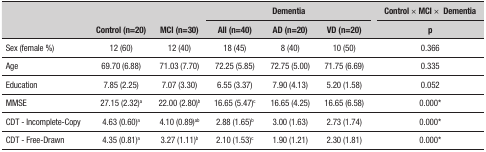
<table><thead><tr><td rowspan="2"></td><td rowspan="2"><b>Control (n=20)</b></td><td rowspan="2"><b>MCI (n=30)</b></td><td colspan="3"><b>Dementia </b></td><td></td><td><b>Control × MCI × Dementia</b></td></tr><tr><td><b>All (n=40)</b></td><td><b>AD (n=20)</b></td><td><b>VD (n=20)</b></td><td></td><td><b>p</b></td></tr></thead><tbody><tr><td>Sex (female %)</td><td>12 (60)</td><td>12 (40)</td><td>18 (45)</td><td>8 (40)</td><td>10 (50)</td><td></td><td>0.366</td></tr><tr><td>Age</td><td>69.70 (6.88)</td><td>71.03 (7.70)</td><td>72.25 (5.85)</td><td>72.75 (5.00)</td><td>71.75 (6.69)</td><td></td><td>0.335</td></tr><tr><td>Education</td><td>7.85 (2.25)</td><td>7.07 (3.30)</td><td>6.55 (3.37)</td><td>7.90 (4.13)</td><td>5.20 (1.58)</td><td></td><td>0.052</td></tr><tr><td>MMSE</td><td>27.15 (2.32)<sup>a</sup></td><td>22.00 (2.80)<sup>b</sup></td><td>16.65 (5.47)<sup>c</sup></td><td>16.65 (4.25)</td><td>16.65 (6.58)</td><td></td><td>0.000*</td></tr><tr><td>CDT - Incomplete-Copy</td><td>4.63 (0.60)<sup>a</sup></td><td>4.10 (0.89)<sup>ab</sup></td><td>2.88 (1.65)<sup>b</sup></td><td>3.00 (1.63)</td><td>2.73 (1.74)</td><td></td><td>0.000*</td></tr><tr><td>CDT - Free-Drawn</td><td>4.35 (0.81)<sup>a</sup></td><td>3.27 (1.11)<sup>b</sup></td><td>2.10 (1.53)<sup>c</sup></td><td>1.90 (1.21)</td><td>2.30 (1.81)</td><td></td><td>0.000*</td></tr></tbody></table>